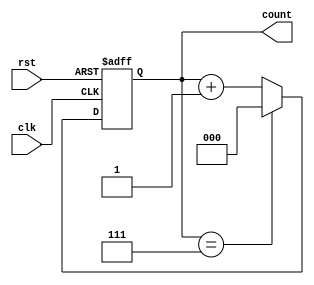
module binary_counter #(
    parameter N = 3  // Parameter for the bit width of the counter (default is 3 bits)
)(
    input wire clk,         // Clock input
    input wire rst,         // Reset input (active high)
    output reg [N-1:0] count // Counter output
);

    // Counter operation: On rising edge of the clock, increment count or reset it
    always @(posedge clk or posedge rst) begin
        if (rst) begin
            count <= 0;      // Reset the counter to 0
        end else begin
            count <= (count == (1 << N) - 1) ? 0 : count + 1;  // Increment count and wrap around
        end
    end

endmodule